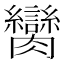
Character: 臠